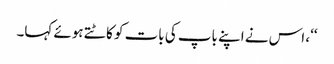
‘‘، اس نے اپنے باپ کی بات کو کاٹتے ہوئے کہا۔